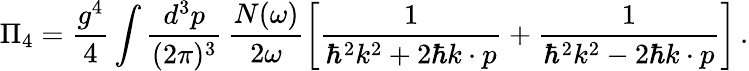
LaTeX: \Pi_{4}=\frac{g^{4}}{4}\int\frac{d^{3}p}{(2\pi)^{3}}\, \frac{N(\omega)}{2\omega}\left[\frac{1}{\hbar^{2}k^{2}+2\hbar k\cdot p}+\frac{1}{\hbar^{2}k^{2}-2\hbar k\cdot p}\right]\, .